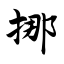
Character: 挪